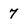
Character: 7